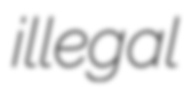
illegal